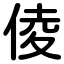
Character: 倰